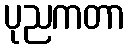
ပုညကတာ